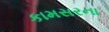
કામસરના